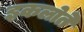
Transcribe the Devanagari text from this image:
इकलोते